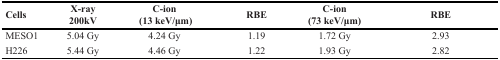
<table><thead><tr><td><b>Cells</b></td><td><b>X-ray200kV</b></td><td><b>C-ion(13 keV/μm)</b></td><td><b>RBE</b></td><td><b>C-ion(73 keV/μm)</b></td><td><b>RBE</b></td></tr></thead><tbody><tr><td>MESO1</td><td>5.04 Gy</td><td>4.24 Gy</td><td>1.19</td><td>1.72 Gy</td><td>2.93</td></tr><tr><td>H226</td><td>5.44 Gy</td><td>4.46 Gy</td><td>1.22</td><td>1.93 Gy</td><td>2.82</td></tr></tbody></table>